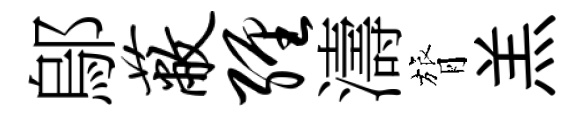
鄔蔽缠濤膂羔